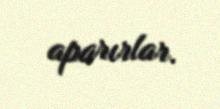
aparırlar.